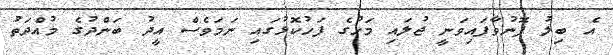
އެ ބިލު ފޮނުވާފައިވަނީ ޖުލައި މަހުގެ ފަހުކޮޅުގައި ނަމަވެސް އީދު ބަންދުގެ މުއްދަތު